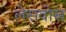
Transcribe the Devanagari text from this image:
लेसवोस